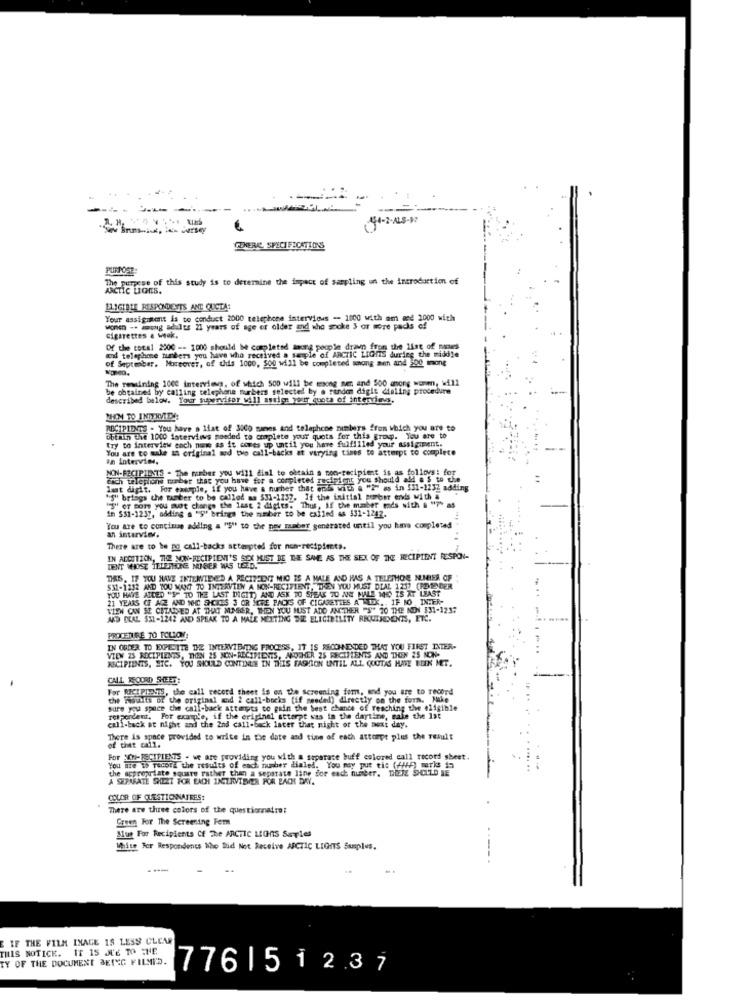
GENERIC, SPECIFICATIONS
PURPOSE:
The purpose of this study is to determine the impact of sampling un the introduction of
ARCTIC LIGES.
ELIGIBLE RESPONDENTS ANT QUOTA:
Your assignment is to conduct 2000 telephone interviews - 1000 with am med 2000 with
wonen -. wong adults 21 years of age or older and who spoke $ or more packs of
cigarettes a weak.
and telephone tunbers you have who received a sample of ARCTIC LIGHTS during the middle
Of the total 2000 -- 1000 should be completed tacna people drawn from the list of manes
of September. Moreover, of this 1000, 500 will be completed song men and 300 mong
The remaining 1000 interviews, of which 500 will be mnsong nem and 500 among women, will
be obtained by calling telephone furbers selected by a random digit dialing procedure
described below.
Your supervisor will astien your quota of interviews.
PHIM TO INTERVIDA
RECIPIENTS - You have a list of 3000 sames and telephone numbers from which you are to
Obtain the 1000 latervirus masded to complete your quots for this group. You are to
try to interview ench none as it comes up until you have fulfilled your assignment.
You are to make an original and two call-backs at varying times to attempt to complete
an interview.
NON-RECIPIENTS - The number you will dial to obtain a non-recipient is as follows: for
each telephone meber that you have for a completed recipient you should add a $ to the
lagt digit. For example, if you have a number that ends with a "2" as in 531-1232 adding
"S" brings the tamber to be callod as 531-1237. If the initial sorber ends with a
in $31-1237, adding a "S' brings the number to be called as 531-1242.
"S" er nome you mot change the last 2 digits. Thus, If the maber ends with & "7" af
You are to contime adding a "S" to the pey maaber generated until you have completed
an interview.
There are to be po call-backs attempted for non-recipients.
IN ADDITION, THE NON-RECIPIENT'S SEX MIST BE THE SAME AS THE SEX OF THE RECIPIENT RESPON-
DENT WHOSE TELEINE NGER WAS USED.
THIS, IF YOU HAVE INTERVIENED A RECIPEENT MIC IS A MALE AND HAS A TELETHON NUHIER OF
YOU HAVE AIDED "S" TO THE LAST DIGIT) AND ASK TO SPEAK TO ANT MALE WHO IS AT LEAST
531-1212 AND YOU WANT TO INTERVIEW A NON-RECIPIENT, THEN YOU MUST DIAL 1257 (FEMTENDER
21 YEARS CE ACE AND NHC SHORES 3 OR SCHE PACKS OF CIGARETTES A TEX ., IF NO INHER-
WIEN CAN SE CETAMED AT THAT NUMBER, THEN YOU MUST ADD ANTHER "S" 70 THE NON 331-123:
MED DIAL $31-1242 AND SPEAK TO A MALE MEETING DIE ELIGIBILITY REUTHDENTS, ETC.
PRICETIGE 70 TOLLON:
IN ORDER TO EXPEDITE DE INTERVIENING PROCESS, IT IS RECOMMENDED THAT YOU FIRST INTER-
VIEW 25 RECIPIENTS, THEN 25 NON-RECIPIENTS, ANOTHER 25 RECIPIENTS AND THON 25 NON
RECIPIENTS, ETC. YOU SHOULD CONTION IN THIS FASHION UNTIL ALL QUUTAS HAVE BEEN MET.
CALL RECORD SHEET:
For RECIPIENTS, the call record theet is on the screening fom, and you are to record
dw Faults of the original and 2 call-bocks [if needed) directly on the form. Make
sure you space the call-back attempts to pain the best chance of reaching the eligible
respondent. For example, if the original atterpt was in the daytime, make the 1st
call-back at night and the 2nd call-back later that night or the next day.
There is space provided to write in the date and time of each attempt plus the result
of thet call.
CH-ISCITIENTS . we are providing you with a separate buff colored call record sheet.
You are th record the results of each nusher dialed. You may put ti: (FRA) marks i
the appropriate square rather than a separate line for each number. THERE SHOULD BE
A SEPARATE SHEET FOR EACHI INIZRVIEVER FOR EACH DAY.
COLOR OF QUESTIONNAIRES:
There are three colors of the questionnaire:
Green For The Screening Fem
Blue For Recipients Of The ARCTIC LIONS Series
White Fer Respondents Who Did Not Receive ARCTIC LIGITS Suples.
--.
---
E IF THE FILM INAGE 15 LESS CLEAR
THIS NOTICE. IT IS JE TO THE
TY OF THE DOCUMENT BEING FILMPD.
776151237